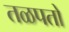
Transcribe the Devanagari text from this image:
तळपतो